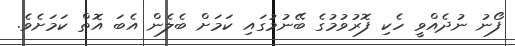
ފޯނު ނުދެއްވީ ހެކި ފޮރުވުމުގެ ބޭނުމުގައި ކަމަށް ބެލެން އެބަ އޮތް ކަމަށެވެ.